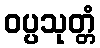
ဝပ္ပသုတ္တံ